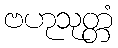
ဗဟုသုတ္တံ